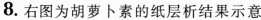
8.右图为胡萝卜素的纸层析结果示